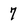
Character: 7